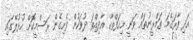
އަދި ފާރަގެމަ ތަމްރީނުތައް ވަނީ މިހަފްތާގެ އާދިއްތަ ދުވަހުން ފެށިގެން ރަސްމީކޮށް ހުޅުލޭގައި